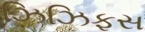
ઝિઝિફસ